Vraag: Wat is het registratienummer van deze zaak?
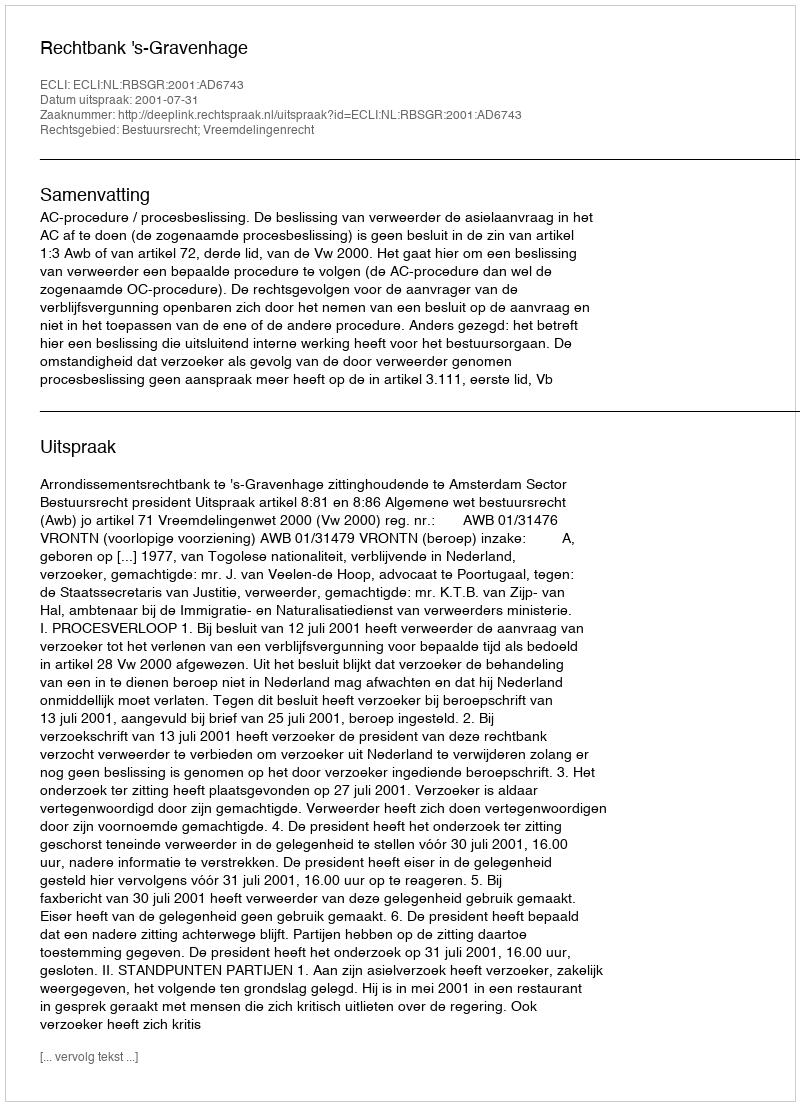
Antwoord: http://deeplink.rechtspraak.nl/uitspraak?id=ECLI:NL:RBSGR:2001:AD6743